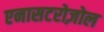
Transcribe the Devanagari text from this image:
एनासटरोज़ोल